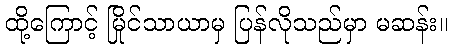
ထို့ကြောင့် မြိုင်သာယာမှ ပြန်လိုသည်မှာ မဆန်း။